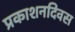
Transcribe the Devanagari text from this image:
प्रकाशनदिवस